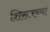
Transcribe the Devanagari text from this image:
शिरूरच्या